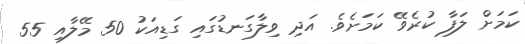
ކަމަށް ލަފާ ކުރެވޭ ކަމަށެވެ. އަދި ވިލާގަނޑުގައި ގަޑިއަކު 50 މޭލާއި 55